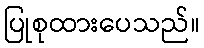
ပြုစုထားပေသည်။